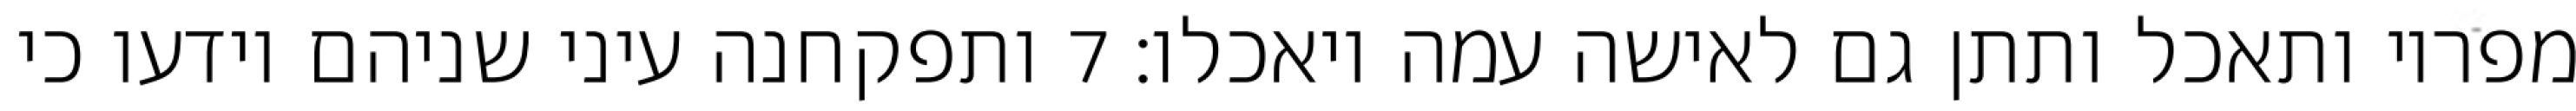
מפריו ותאכל ותתן גם לאישה עמה ויאכלו׃ ‎7‏ ותפקחנה עיני שניהם וידעו כי